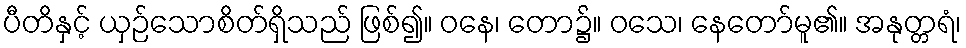
ပီတိနှင့် ယှဉ်သောစိတ်ရှိသည် ဖြစ်၍။ ဝနေ၊ တော၌။ ဝသေ၊ နေတော်မူ၏။ အနုတ္တရံ၊